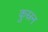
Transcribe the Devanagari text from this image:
कुस्रन